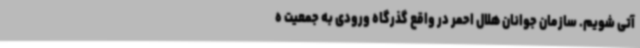
آتی شویم. سازمان جوانان هلال احمر در واقع گذرگاه ورودی به جمعیت ه